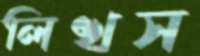
লিখস